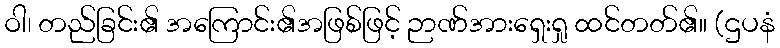
ဝါ၊ တည်ခြင်း၏ အကြောင်း၏အဖြစ်ဖြင့် ဉာဏ်အားရှေးရှု ထင်တတ်၏။ (ဌပနံ